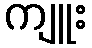
ကျူး